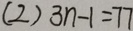
( 2 ) 3 n - 1 = 7 7